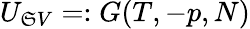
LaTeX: U_{\mathfrak{S}V}=:G(T,-p,N)